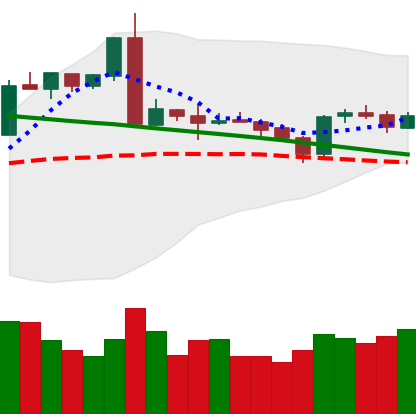
Ticker: ETH-USD
Chart end date: 2019-03-09
Forward return: -3.083%
Label: down_3_5